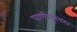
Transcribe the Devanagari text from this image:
पाणीपुरवठा